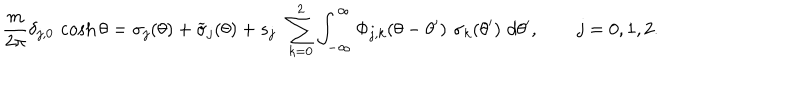
{ \frac { m } { 2 \pi } } \delta _ { j , 0 } \, \cosh \theta = \sigma _ { j } ( \theta ) + \widetilde { \sigma } _ { j } ( \theta ) + s _ { j } \, \ \sum _ { k = 0 } ^ { 2 } \int _ { - \infty } ^ { \infty } \Phi _ { j , k } ( \theta - \theta ^ { \prime } ) \, \, \sigma _ { k } ( \theta ^ { \prime } ) \, \, d \theta ^ { \prime } , \qquad j = 0 , 1 , 2 .